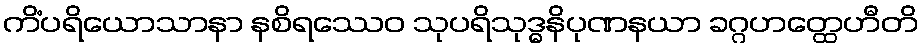
ကိံပရိယောသာနာ နစိရဿေဝ သုပရိသုဒ္ဓနိပုဏနယာ ခဂ္ဂဟတ္ထေဟီတိ